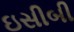
ઇસીબી